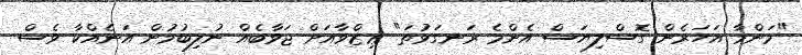
"މަންމާ އަހަރެން ގޮސްލިޔަސް އެންމެ ރަނގަޅުތަ" ޢިޒްވާއަށް ޖަވާބެއް ނުލިބުމުން އަނެއްކާ ވެސް